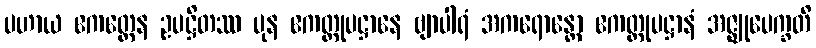
ပဟာယ ဧကတ္တေန ဥပဋ္ဌိတဿ ပုန ဧကတ္တုပဋ္ဌာနေ ဗျာပါရံ အကရောန္တော ဧကတ္တုပဋ္ဌာနံ အဇ္ဈုပေက္ခတိ